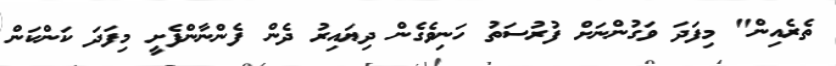
ތެރެއިން" މިފަދަ ވަގުންނަށް ފުރުސަތު ހަނިވެގެން ދިޔައިރު ދެން ފެންނާންފެށީ މިފަދަ ކަންކަން